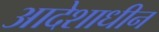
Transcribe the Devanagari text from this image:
आदेशाधीन